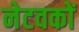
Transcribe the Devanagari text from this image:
नेटवकों